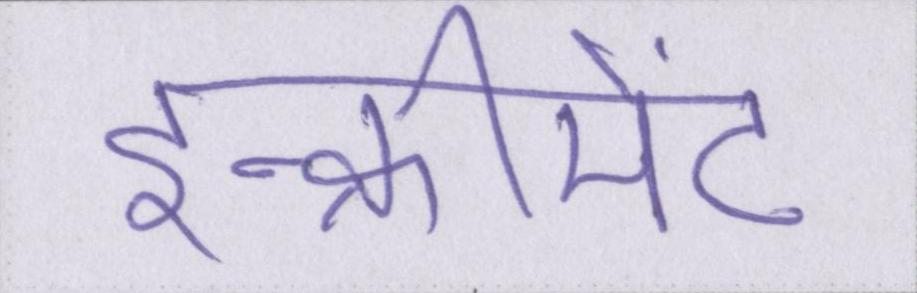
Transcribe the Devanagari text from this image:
इन्क्रीमेंट